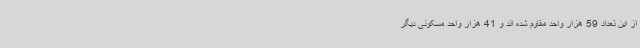
از این تعداد 59 هزار واحد مقاوم شده اند و 41 هزار واحد مسکونی دیگر